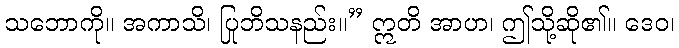
သဘောကို။ အကာသိ၊ ပြုဘိသနည်း။” ဣတိ အာဟ၊ ဤသို့ဆို၏။ ဒေဝ၊